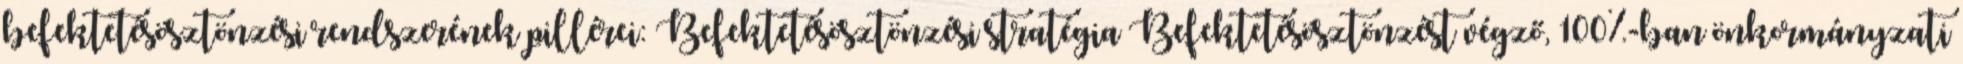
befektetésösztönzési rendszerének pillérei: Befektetésösztönzési stratégia Befektetésösztönzést végző, 100%-ban önkormányzati